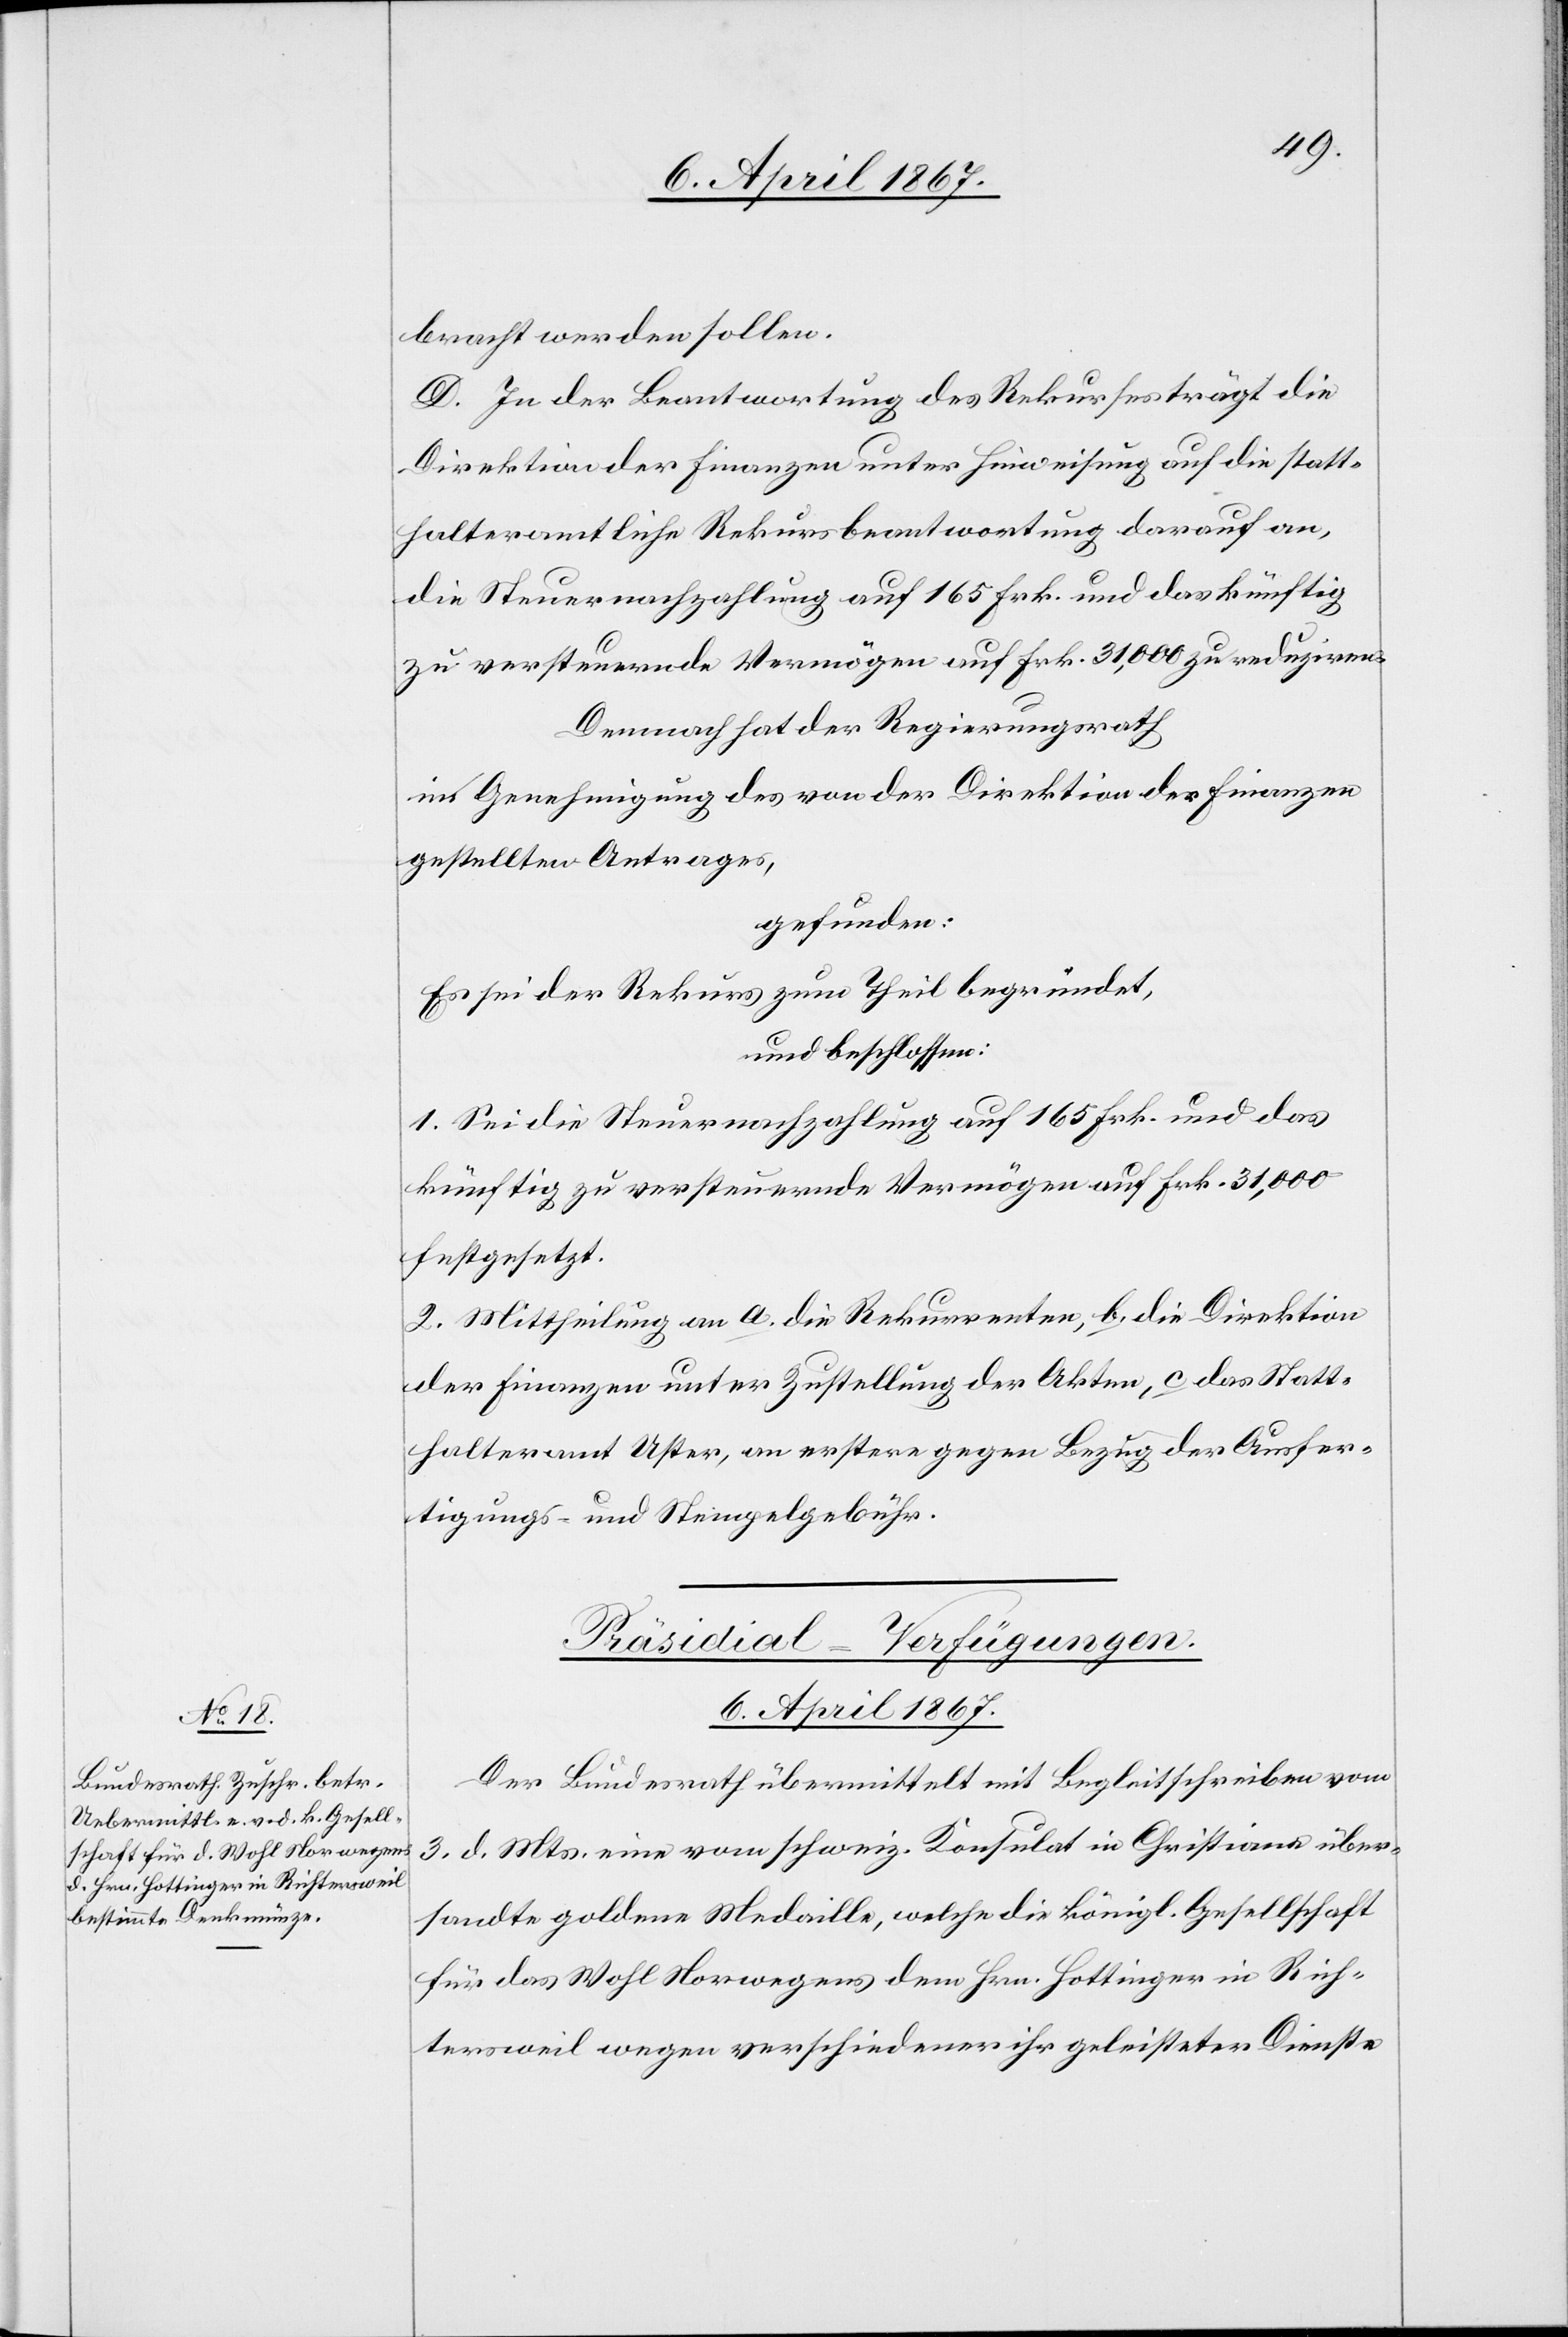
6. April 1867.
bracht werden sollen.
D. In der Beantwortung des Rekurses trägt die
Direktion der Finanzen unter Hinweisung auf die statt¬
halteramtliche Rekursbeantwortung darauf an,
die Steuernachzahlung auf 165 Frk. und das künftig
zu versteuernde Vermögen auf Frk. 31,000 zu reduziren.
Demnach hat der Regierungsrath,
in Genehmigung des von der Direktion der Finanzen
gestellten Antrages,
gefunden:
Es sei der Rekurs zum Theil begründet,
und beschlossen:
1. Sei die Steuernachzahlung auf 165 Frk. und das
künftig zu versteuernde Vermögen auf Frk. 31,000
festgesetzt.
2. Mittheilung an a. die Rekurrenten, b. die Direktion
der Finanzen unter Zustellung der Akten, c. das Statt¬
halteramt Uster, an erstere gegen Bezug der Ausfer¬
tigungs- und Stempelgebühr.
Präsidial-Verfügungen.
Der Bundesrath übermittelt mit Begleitschreiben vom
3. d. Mts eine vom schweiz. Konsulat in Christione über¬
sandte goldene Medaille, welche die königl. Gesellschaft
für das Wohl Norwegens dem Hrn. Hottinger in Rich¬
tersweil wegen verschiedener ihr geleisteten Dienste